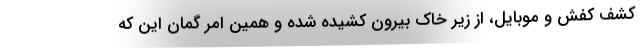
کشف کفش و موبایل، از زیر خاک بیرون کشیده شده و همین امر گمان این که